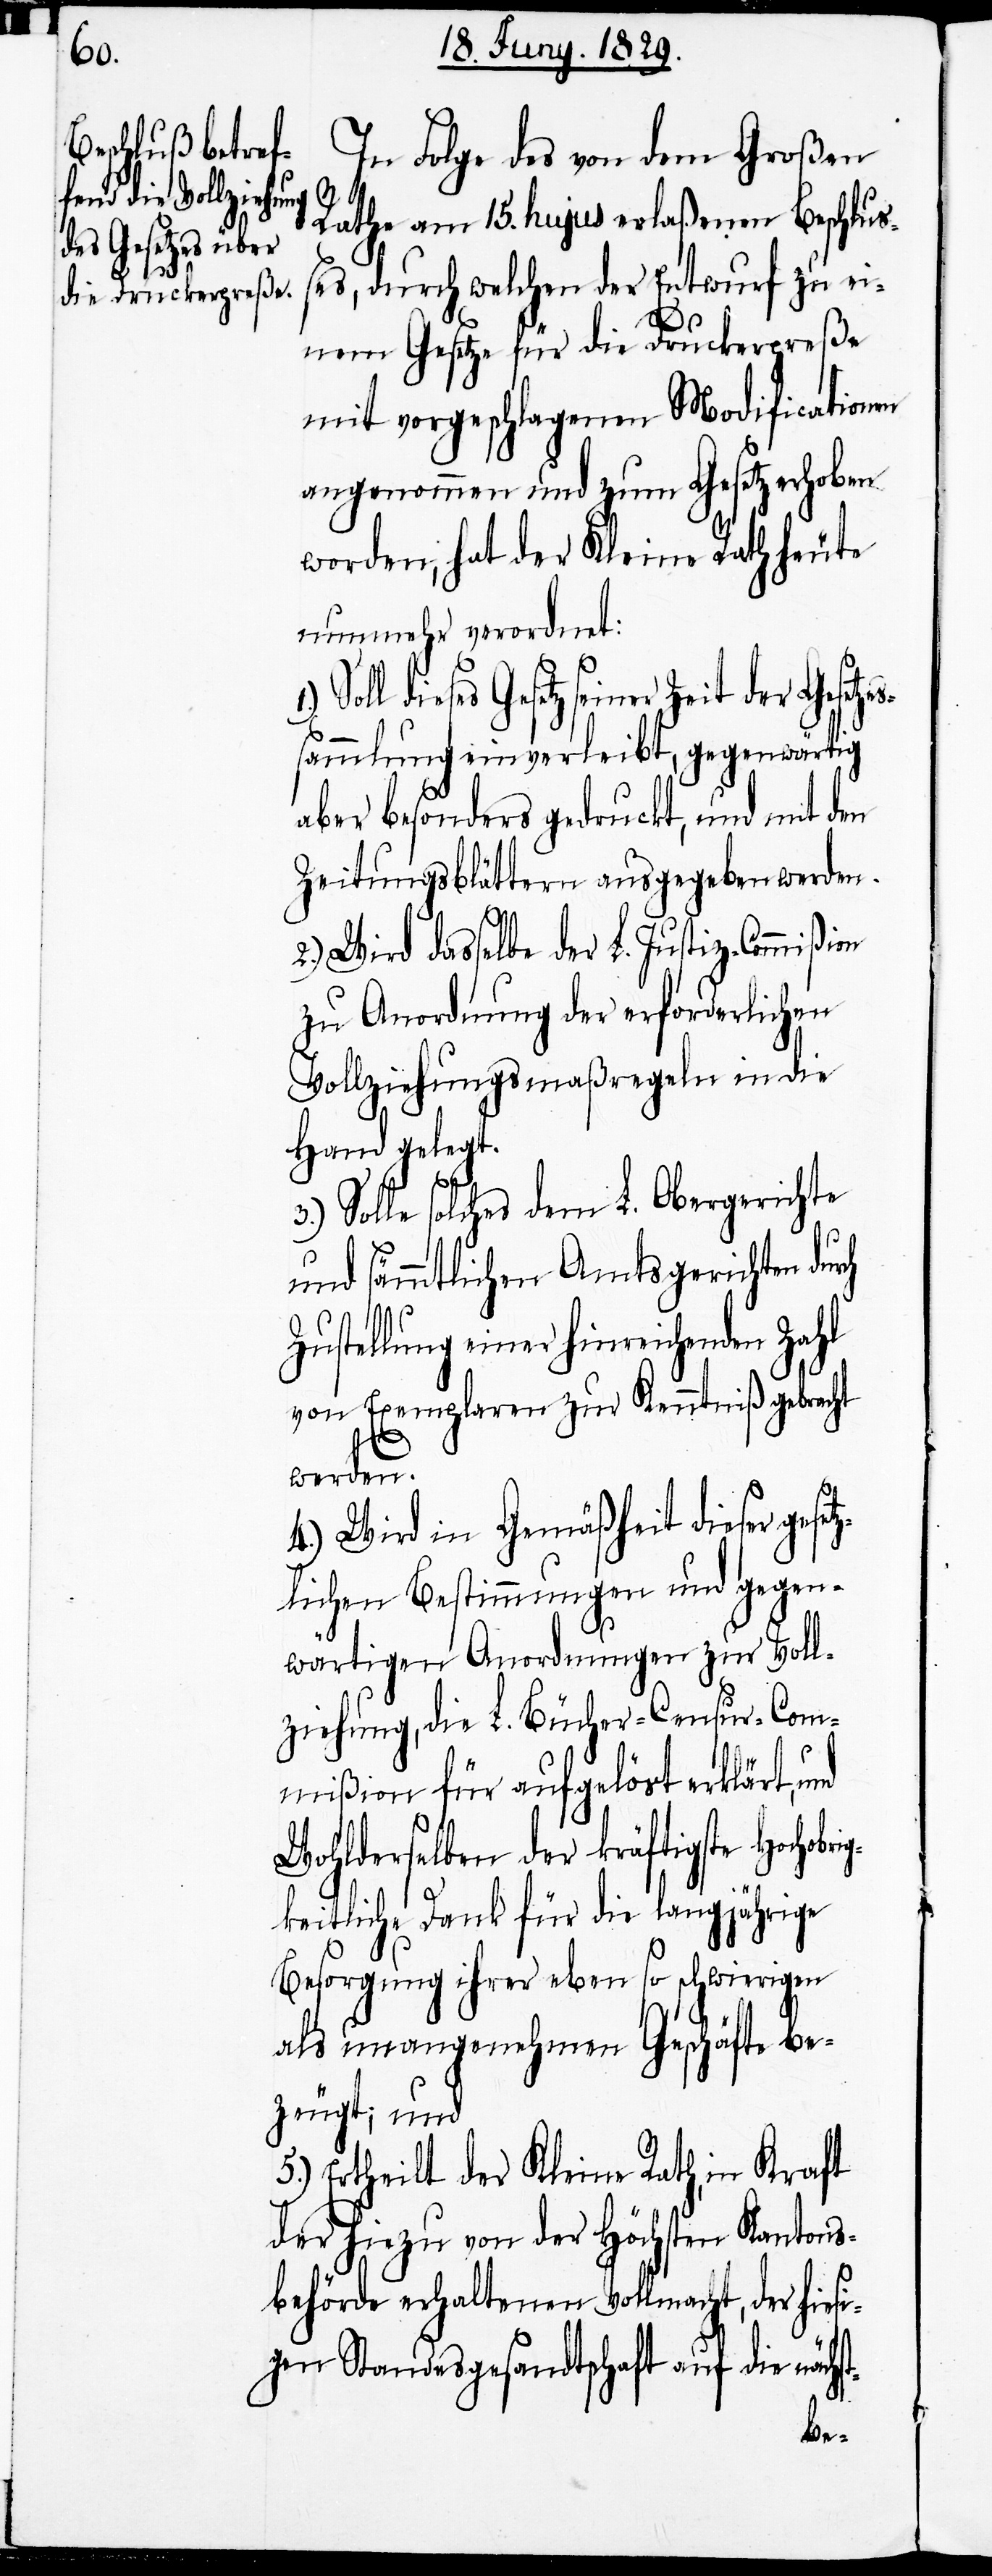
t-

In Folge des von dem Großen
3.)
Rathe am 15. hujus erlaßenen Beschluß¬
es, durch welchen der Entwurf zu ei¬
ch
nem Gesetze für die Druckerpreße
mit vorgeschlagenen Modificationen
angenommen und zum Gesetz erhoben
worden, hat der Kleine Rath heute
nunmehr verordnet:
dieses Gesetz seiner Zeit der Gesetz¬
sammlung einverleibt, gegenwärtig
aber besonders gedruckt, und mit den
Zeitungsblättern ausgegeben werden.
Wird dasselbe der L. Justiz-Commißion
zu Anordnung der erforderlichen
Vollziehungsmaßregeln in die
Hand gelegt.
Solle solches dem L. Obergerichte
und sämmtlichen Amtsgerichten dur¬
Zustellung einer hinreichenden Zahl
von Exemplaren zur Kenntniß gebracht
werden.
4.) Wird in Gemäßheit dieser geset¬
zlichen Bestimmungen und gegen¬
wärtigen Anordnungen zur Voll¬
ziehung, die L. Bücher-Censur-Com¬
mißion für aufgelöst erklärt, und
Wohlderselben der kräftigste Hochobr¬
gkeitliche Dank für die langjährige
Besorgung ihrer eben so schwierigen
als unangenehmen Geschäfte be¬
zeugt; und
5.) Ertheilt der Kleine Rath, in Kraft
der hiezu von der Höchsten Kantons¬
behörde erhaltenen Vollmacht, der hies¬
igen Standesgesandtschaft auf die nächs¬